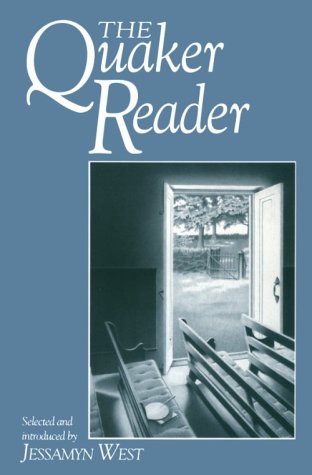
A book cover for Quaker Reader; Christian Books & Bibles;